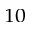
^ { 1 0 }